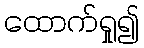
ထောက်ရှု၍